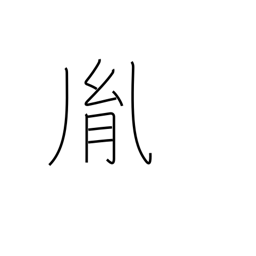
Meaning: issue